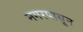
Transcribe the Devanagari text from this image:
नगरपासून